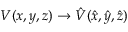
V ( x , y , z ) \to { \hat { V } } ( { \hat { x } } , { \hat { y } } , { \hat { z } } )